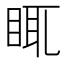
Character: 𥆍